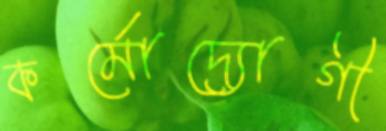
কর্মোদ্যোগী